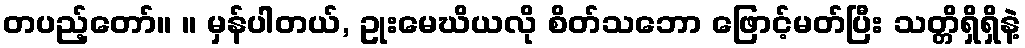
တပည့်တော်။ ။ မှန်ပါတယ်, ဥုးမေဃိယလို စိတ်သဘော ဖြောင့်မတ်ပြီး သတ္တိရှိရှိနဲ့